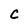
Character: c